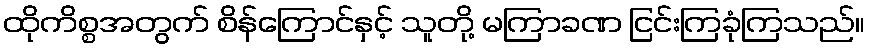
ထိုကိစ္စအတွက် စိန်ကြောင်နှင့် သူတို့ မကြာခဏ ငြင်းကြခုံကြသည်။